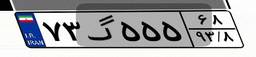
۷۳گ۵۵۵۶۸